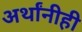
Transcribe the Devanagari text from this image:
अर्थांनीही